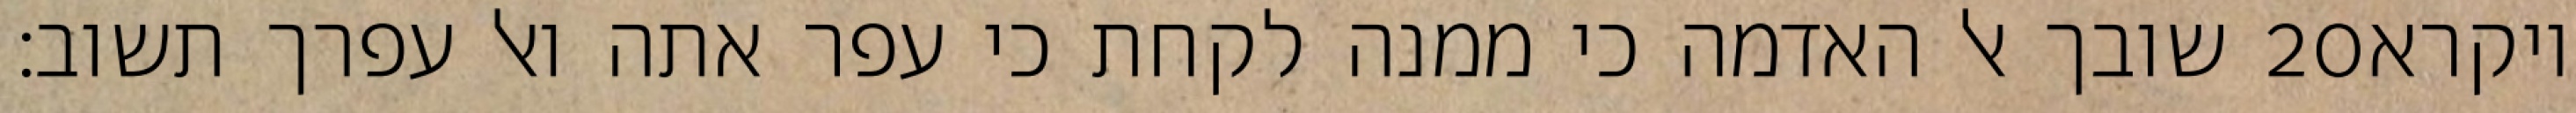
שובך אל האדמה כי ממנה לקחת כי עפר אתה ואל עפרך תשוב׃ ‎20‏ ויקרא